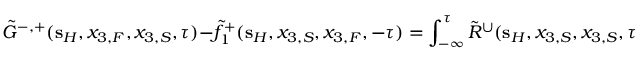
\tilde { G } ^ { - , + } ( { \bf s } _ { H } , x _ { 3 , F } , x _ { 3 , S } , \tau ) - \tilde { f } _ { 1 } ^ { + } ( { \bf s } _ { H } , x _ { 3 , S } , x _ { 3 , F } , - \tau ) = \int _ { - \infty } ^ { \tau } \tilde { R } ^ { \cup } ( { \bf s } _ { H } , x _ { 3 , S } , x _ { 3 , S } , \tau - \tau ^ { \prime } ) \tilde { f } _ { 1 } ^ { + } ( { \bf s } _ { H } , x _ { 3 , S } , x _ { 3 , F } , \tau ^ { \prime } ) \mathrm { d } \tau ^ { \prime } .